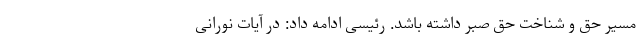
مسیر حق و شناخت حق صبر داشته باشد. رئیسی ادامه داد: در آیات نورانی